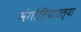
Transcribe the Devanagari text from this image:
मंगोलियातल्या